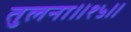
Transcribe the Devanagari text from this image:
तुलना॥१५॥